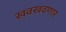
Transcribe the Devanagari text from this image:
खवखवणार